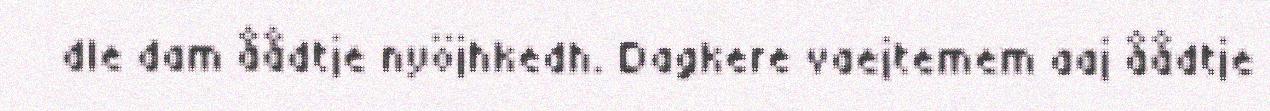
dle dam åådtje nyöjhkedh. Dagkere vaejtemem aaj åådtje